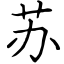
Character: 苏